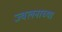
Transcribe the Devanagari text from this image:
ज्वलनाच्या